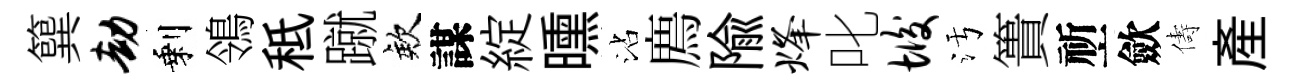
簨劫剩鴒秪蹴欸謀綻曛沾廌隃烽叱垢污簣祈歛儔産